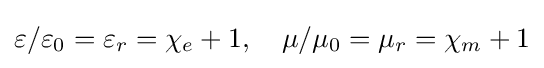
\varepsilon /\varepsilon _{0}=\varepsilon _{r}=\chi _{e}+1,\quad \mu /\mu _{0}=\mu _{r}=\chi _{m}+1